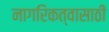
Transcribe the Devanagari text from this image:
नागरिकत्वासाठी